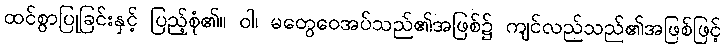
ထင်စွာပြုခြင်းနှင့် ပြည့်စုံ၏။ ဝါ၊ မတွေဝေအပ်သည်၏အဖြစ်၌ ကျင်လည်သည်၏အဖြစ်ဖြင့်